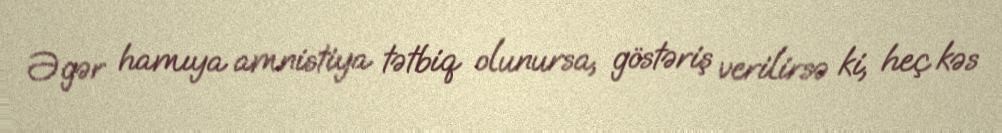
Əgər hamıya amnistiya tətbiq olunursa, göstəriş verilirsə ki, heç kəs